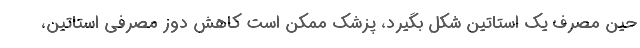
حین مصرف یک استاتین شکل بگیرد، پزشک ممکن است کاهش دوز مصرفی استاتین،